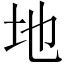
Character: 地